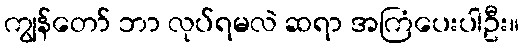
ကျွန်တော် ဘာ လုပ်ရမလဲ ဆရာ အကြံပေးပါဦး။